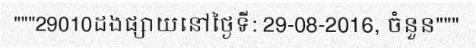
"""29010ដងផ្សាយនៅថ្ងៃទី: 29-08-2016, ចំនួន"""